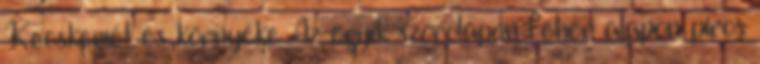
Kecskemét és környéke Az egyik szórólapon fehér alapon piros